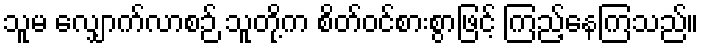
သူမ လျှောက်လာစဉ် သူတို့က စိတ်ဝင်စားစွာဖြင့် ကြည့်နေကြသည်။